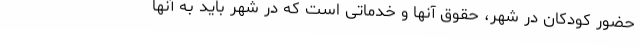
حضور کودکان در شهر، حقوق آنها و خدماتی است که در شهر باید به آنها